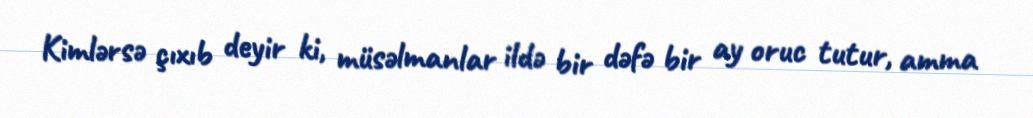
Kimlərsə çıxıb deyir ki, müsəlmanlar ildə bir dəfə bir ay oruc tutur, amma